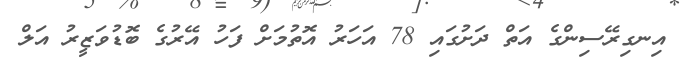
އިނގިރޭސިންގެ އަތް ދަށުގައި 78 އަހަރު އޮތުމަށް ފަހު އޭރުގެ ބޮޑުވަޒީރު އަލް